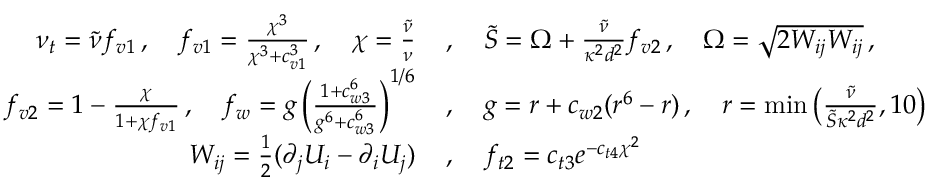
\begin{array} { r l } { \nu _ { t } = \Tilde { \nu } f _ { v 1 } \, , \quad f _ { v 1 } = \frac { \chi ^ { 3 } } { \chi ^ { 3 } + c _ { v 1 } ^ { 3 } } \, , \quad \chi = \frac { \Tilde { \nu } } { \nu } \, } & { , \quad \Tilde { S } = \Omega + \frac { \Tilde { \nu } } { \kappa ^ { 2 } d ^ { 2 } } f _ { v 2 } \, , \quad \Omega = \sqrt { 2 W _ { i j } W _ { i j } } \, , } \\ { f _ { v 2 } = 1 - \frac { \chi } { 1 + \chi f _ { v 1 } } \, , \quad f _ { w } = g \left( \frac { 1 + c _ { w 3 } ^ { 6 } } { g ^ { 6 } + c _ { w 3 } ^ { 6 } } \right) ^ { 1 / 6 } \, } & { , \quad g = r + c _ { w 2 } ( r ^ { 6 } - r ) \, , \quad r = \operatorname* { m i n } \left( \frac { \Tilde { \nu } } { \Tilde { S } \kappa ^ { 2 } d ^ { 2 } } , 1 0 \right) } \\ { W _ { i j } = \frac { 1 } { 2 } ( \partial _ { j } U _ { i } - \partial _ { i } U _ { j } ) \, } & { , \quad f _ { t 2 } = c _ { t 3 } e ^ { - c _ { t 4 } \chi ^ { 2 } } } \end{array}